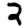
Digit: 2